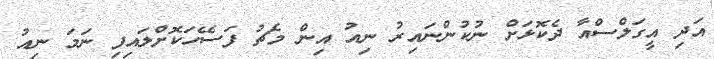
އަދި އީގަލްސްއާ ދެކޮޅަށް ނުކުންނައިރު ނިއު އިން މެޗު ފަސޭހަކޮށްލައިފި ނަމަ ނިއު